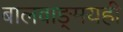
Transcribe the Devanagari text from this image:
बालवाङ्‌मयही